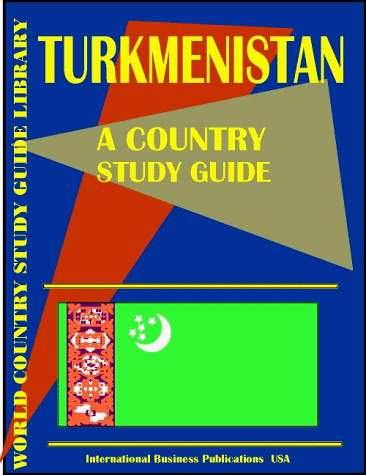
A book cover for Turkmenistan Country Study Guide (World Country Study; USA International Business Publications; Travel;